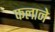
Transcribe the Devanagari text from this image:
फलाने